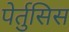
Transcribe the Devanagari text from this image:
पेर्तुसिस